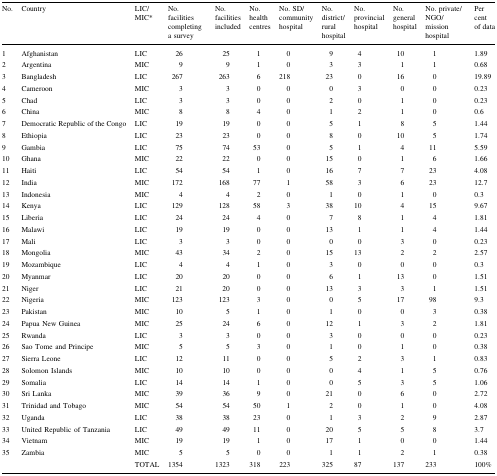
<table><thead><tr><td><b>No.</b></td><td><b>Country</b></td><td><b>LIC/MIC*</b></td><td><b>No. facilities completing a survey</b></td><td><b>No. facilities included</b></td><td><b>No. health centres</b></td><td><b>No. SD/community hospital</b></td><td><b>No. district/rural hospital</b></td><td><b>No. provincial hospital</b></td><td><b>No. general hospital</b></td><td><b>No. private/NGO/mission hospital</b></td><td><b>Per cent of data</b></td></tr></thead><tbody><tr><td>1</td><td>Afghanistan</td><td>LIC</td><td>26</td><td>25</td><td>1</td><td>0</td><td>9</td><td>4</td><td>10</td><td>1</td><td>1.89</td></tr><tr><td>2</td><td>Argentina</td><td>MIC</td><td>9</td><td>9</td><td>1</td><td>0</td><td>3</td><td>3</td><td>1</td><td>1</td><td>0.68</td></tr><tr><td>3</td><td>Bangladesh</td><td>LIC</td><td>267</td><td>263</td><td>6</td><td>218</td><td>23</td><td>0</td><td>16</td><td>0</td><td>19.89</td></tr><tr><td>4</td><td>Cameroon</td><td>MIC</td><td>3</td><td>3</td><td>0</td><td>0</td><td>0</td><td>3</td><td>0</td><td>0</td><td>0.23</td></tr><tr><td>5</td><td>Chad</td><td>LIC</td><td>3</td><td>3</td><td>0</td><td>0</td><td>2</td><td>0</td><td>1</td><td>0</td><td>0.23</td></tr><tr><td>6</td><td>China</td><td>MIC</td><td>8</td><td>8</td><td>4</td><td>0</td><td>1</td><td>2</td><td>1</td><td>0</td><td>0.6</td></tr><tr><td>7</td><td>Democratic Republic of the Congo</td><td>LIC</td><td>19</td><td>19</td><td>0</td><td>0</td><td>5</td><td>1</td><td>8</td><td>5</td><td>1.44</td></tr><tr><td>8</td><td>Ethiopia</td><td>LIC</td><td>23</td><td>23</td><td>0</td><td>0</td><td>8</td><td>0</td><td>10</td><td>5</td><td>1.74</td></tr><tr><td>9</td><td>Gambia</td><td>LIC</td><td>75</td><td>74</td><td>53</td><td>0</td><td>5</td><td>1</td><td>4</td><td>11</td><td>5.59</td></tr><tr><td>10</td><td>Ghana</td><td>MIC</td><td>22</td><td>22</td><td>0</td><td>0</td><td>15</td><td>0</td><td>1</td><td>6</td><td>1.66</td></tr><tr><td>11</td><td>Haiti</td><td>LIC</td><td>54</td><td>54</td><td>1</td><td>0</td><td>16</td><td>7</td><td>7</td><td>23</td><td>4.08</td></tr><tr><td>12</td><td>India</td><td>MIC</td><td>172</td><td>168</td><td>77</td><td>1</td><td>58</td><td>3</td><td>6</td><td>23</td><td>12.7</td></tr><tr><td>13</td><td>Indonesia</td><td>MIC</td><td>4</td><td>4</td><td>2</td><td>0</td><td>1</td><td>0</td><td>1</td><td>0</td><td>0.3</td></tr><tr><td>14</td><td>Kenya</td><td>LIC</td><td>129</td><td>128</td><td>58</td><td>3</td><td>38</td><td>10</td><td>4</td><td>15</td><td>9.67</td></tr><tr><td>15</td><td>Liberia</td><td>LIC</td><td>24</td><td>24</td><td>4</td><td>0</td><td>7</td><td>8</td><td>1</td><td>4</td><td>1.81</td></tr><tr><td>16</td><td>Malawi</td><td>LIC</td><td>19</td><td>19</td><td>0</td><td>0</td><td>13</td><td>1</td><td>1</td><td>4</td><td>1.44</td></tr><tr><td>17</td><td>Mali</td><td>LIC</td><td>3</td><td>3</td><td>0</td><td>0</td><td>0</td><td>0</td><td>3</td><td>0</td><td>0.23</td></tr><tr><td>18</td><td>Mongolia</td><td>MIC</td><td>43</td><td>34</td><td>2</td><td>0</td><td>15</td><td>13</td><td>2</td><td>2</td><td>2.57</td></tr><tr><td>19</td><td>Mozambique</td><td>LIC</td><td>4</td><td>4</td><td>1</td><td>0</td><td>3</td><td>0</td><td>0</td><td>0</td><td>0.3</td></tr><tr><td>20</td><td>Myanmar</td><td>LIC</td><td>20</td><td>20</td><td>0</td><td>0</td><td>6</td><td>1</td><td>13</td><td>0</td><td>1.51</td></tr><tr><td>21</td><td>Niger</td><td>LIC</td><td>21</td><td>20</td><td>0</td><td>0</td><td>13</td><td>3</td><td>3</td><td>1</td><td>1.51</td></tr><tr><td>22</td><td>Nigeria</td><td>MIC</td><td>123</td><td>123</td><td>3</td><td>0</td><td>0</td><td>5</td><td>17</td><td>98</td><td>9.3</td></tr><tr><td>23</td><td>Pakistan</td><td>MIC</td><td>10</td><td>5</td><td>1</td><td>0</td><td>1</td><td>0</td><td>0</td><td>3</td><td>0.38</td></tr><tr><td>24</td><td>Papua New Guinea</td><td>MIC</td><td>25</td><td>24</td><td>6</td><td>0</td><td>12</td><td>1</td><td>3</td><td>2</td><td>1.81</td></tr><tr><td>25</td><td>Rwanda</td><td>LIC</td><td>3</td><td>3</td><td>0</td><td>0</td><td>3</td><td>0</td><td>0</td><td>0</td><td>0.23</td></tr><tr><td>26</td><td>Sao Tome and Principe</td><td>MIC</td><td>5</td><td>5</td><td>3</td><td>0</td><td>1</td><td>0</td><td>1</td><td>0</td><td>0.38</td></tr><tr><td>27</td><td>Sierra Leone</td><td>LIC</td><td>12</td><td>11</td><td>0</td><td>0</td><td>5</td><td>2</td><td>3</td><td>1</td><td>0.83</td></tr><tr><td>28</td><td>Solomon Islands</td><td>MIC</td><td>10</td><td>10</td><td>0</td><td>0</td><td>0</td><td>4</td><td>1</td><td>5</td><td>0.76</td></tr><tr><td>29</td><td>Somalia</td><td>LIC</td><td>14</td><td>14</td><td>1</td><td>0</td><td>0</td><td>5</td><td>3</td><td>5</td><td>1.06</td></tr><tr><td>30</td><td>Sri Lanka</td><td>MIC</td><td>39</td><td>36</td><td>9</td><td>0</td><td>21</td><td>0</td><td>6</td><td>0</td><td>2.72</td></tr><tr><td>31</td><td>Trinidad and Tobago</td><td>MIC</td><td>54</td><td>54</td><td>50</td><td>1</td><td>2</td><td>0</td><td>1</td><td>0</td><td>4.08</td></tr><tr><td>32</td><td>Uganda</td><td>LIC</td><td>38</td><td>38</td><td>23</td><td>0</td><td>1</td><td>3</td><td>2</td><td>9</td><td>2.87</td></tr><tr><td>33</td><td>United Republic of Tanzania</td><td>LIC</td><td>49</td><td>49</td><td>11</td><td>0</td><td>20</td><td>5</td><td>5</td><td>8</td><td>3.7</td></tr><tr><td>34</td><td>Vietnam</td><td>MIC</td><td>19</td><td>19</td><td>1</td><td>0</td><td>17</td><td>1</td><td>0</td><td>0</td><td>1.44</td></tr><tr><td>35</td><td>Zambia</td><td>MIC</td><td>5</td><td>5</td><td>0</td><td>0</td><td>1</td><td>1</td><td>2</td><td>1</td><td>0.38</td></tr><tr><td></td><td></td><td>TOTAL</td><td>1354</td><td>1323</td><td>318</td><td>223</td><td>325</td><td>87</td><td>137</td><td>233</td><td>100%</td></tr></tbody></table>